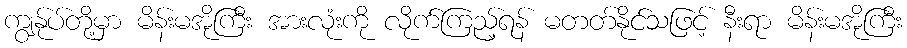
ကျွန်ုပ်တို့မှာ မိန်းမအိုကြီး အားလုံးကို လိုက်ကြည့်ရန် မတတ်နိုင်သဖြင့် နီးရာ မိန်းမအိုကြီး